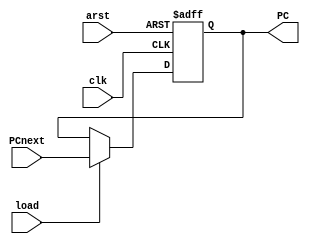
module next_PC(
input clk,arst,load,
input [31:0] PCnext,
output reg [31:0]PC
);

always@(posedge clk,negedge arst) begin
      if(arst==0) PC<=0;
      else if(load==0) PC<=PC;
      else PC<=PCnext;
    end

endmodule